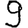
Digit: 9